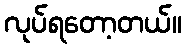
လုပ်ရတော့တယ်။